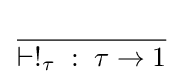
{} \over {\vdash !_{\tau }\;:\;\tau \to 1}